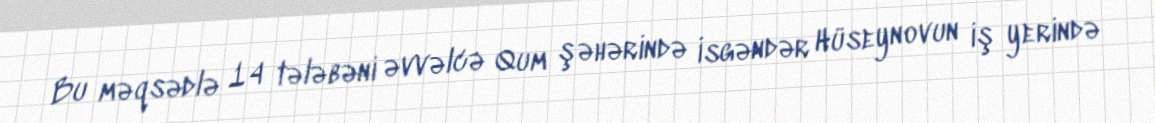
Bu məqsədlə 14 tələbəni əvvəlcə Qum şəhərində İsgəndər Hüseynovun iş yerində